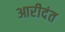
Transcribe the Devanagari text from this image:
आरीदंत